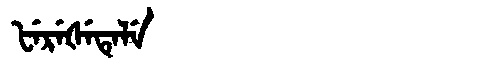
Manchu: ᡶᡝᡵᡝᡧᡝᡨᡝᠯᡝ
Romanization: FEREŠETELE